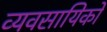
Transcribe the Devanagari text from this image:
व्यवसायिको